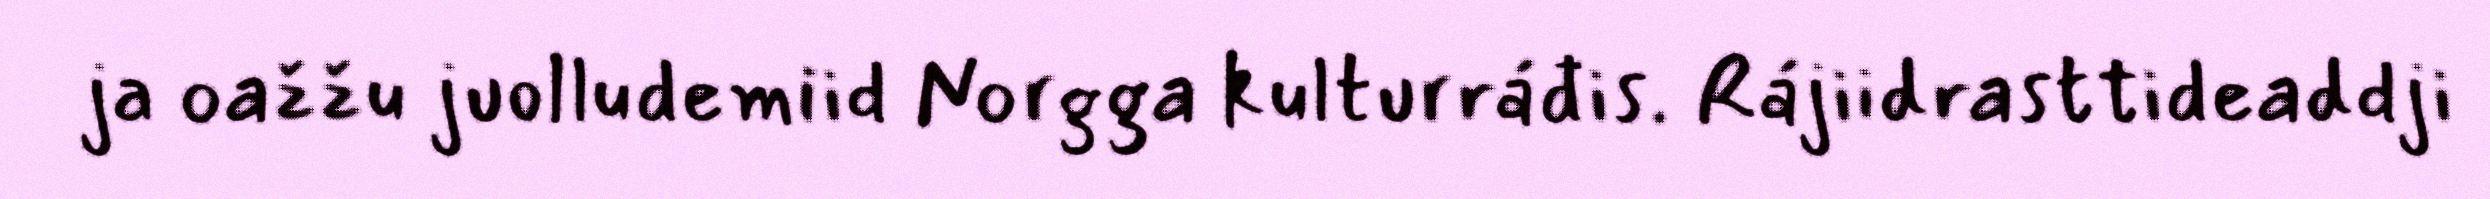
ja oažžu juolludemiid Norgga kulturráđis. Rájiidrasttideaddji